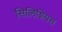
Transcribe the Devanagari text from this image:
सिलिशियस